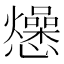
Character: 𭟡